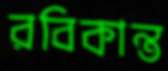
রবিকান্ত